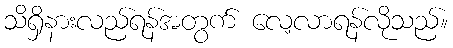
သိရှိနားလည်ရန်အတွက် လေ့လာရန်လိုသည်။